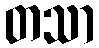
တသာ